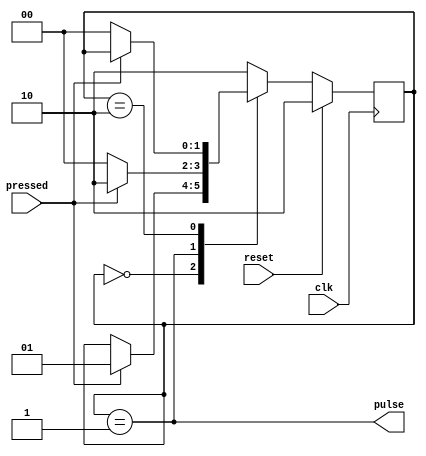
`timescale 1ns / 1ps
//////////////////////////////////////////////////////////////////////////////////
// Company: 
// Engineer: 
// 
// Design Name: 
// Module Name:    button 
// Project Name: 
// Target Devices: 
// Tool versions: 
// Description: 
//
// Dependencies: 
//
// Revision: 
// Revision 0.01 - File Created
// Additional Comments: 
//
//////////////////////////////////////////////////////////////////////////////////
module Button(
    input clk,
	 input reset,
	 input pressed,
    output pulse
    );

	localparam WAITING_PRESS = 0 ;
	localparam PRESS_DETECTED = 1 ;
	localparam WAITING_RELEASE = 2 ;
	
	reg[1:0] state ;
	
	always @(posedge clk) begin
		if (reset) state <= WAITING_RELEASE ;
		else case(state)
			WAITING_PRESS: if (pressed) state <= PRESS_DETECTED ;
			PRESS_DETECTED: if (~pressed) state <= WAITING_PRESS ;
								 else state <= WAITING_RELEASE ;
			WAITING_RELEASE: if (~pressed) state <= WAITING_PRESS;
			default: state <= WAITING_RELEASE ;
		endcase
	end

	assign pulse = state==PRESS_DETECTED;

endmodule